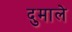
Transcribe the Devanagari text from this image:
दुमाले